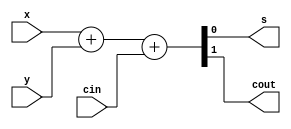
`timescale 1ns / 1ps


module add4bit(x,y,cin,s,cout);
    input x,y;
    output s;
    input cin;
    output cout;
    
    assign {cout,s}=x+y+cin;
endmodule